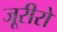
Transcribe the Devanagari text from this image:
जूरीरो